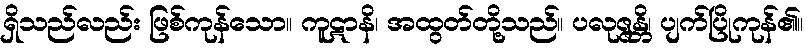
ရှိသည်လည်း ဖြစ်ကုန်သော။ ကူဋာနိ၊ အထွတ်တို့သည်။ ပလုဇ္ဇန္တိ၊ ပျက်ပြိုကုန်၏။